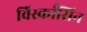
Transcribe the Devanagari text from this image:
विस्काँसिन